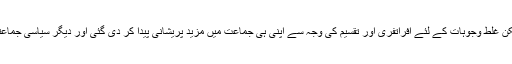
گزشتہ ہفتہ ایم کیو ایم (پاکستان) کا تھا لیکن غلط وجوہات کے لئے افراتفری اور تقسیم کی وجہ سے اپنی ہی جماعت میں مزید پریشانی پیدا کر دی گئی اور دیگر سیاسی جماعتیں آخری دھچکے کا انتظار کر رہی ہیں۔